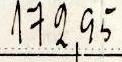
172,95